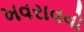
ખવરાવવો